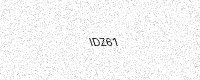
Text: IDZ61